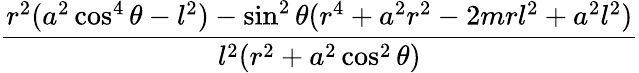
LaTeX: \frac{r^{2}(a^{2}\cos^{4}\theta-l^{2})-\sin^{2}\theta(r^{4}+a^{2}r^{2}-2mrl^{2}+a^{2}l^{2})}{l^{2}(r^{2}+a^{2}\cos^{2}\theta)}